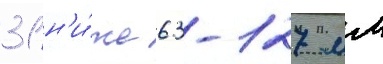
31 н'и́же 63-127 мм